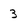
Character: 3